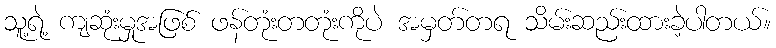
သူ့ရဲ့ ကျဆုံးမှုအဖြစ် ဖန်တုံးတတုံးကိုပဲ အမှတ်တရ သိမ်းဆည်းထားခဲ့ပါတယ်။